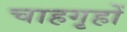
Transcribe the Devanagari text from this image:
चाहगृहों